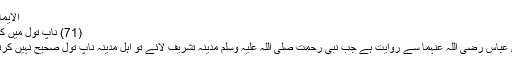
الایمان 108)
(71) ناپ تول میں کمی کرنا:
عبداللہ بن عباس رضی اللہ عنہما سے روایت ہے جب نبی رحمت صلی اللہ علیہ وسلم مدینہ تشریف لائے تو اہل مدینہ ناپ تول صحیح نہیں کرتے تھے۔